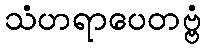
သံဟရာပေတဗ္ဗံ